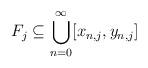
LaTeX: \begin{align*} F_j \subseteq \bigcup_{n=0}^\infty [x_{n,j},y_{n,j}]\end{align*}